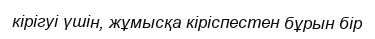
кірігуі үшін, жұмысқа кіріспестен бұрын бір